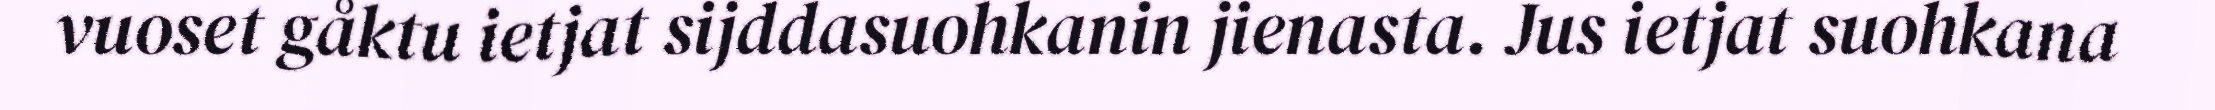
vuoset gåktu ietjat sijddasuohkanin jienasta. Jus ietjat suohkana